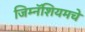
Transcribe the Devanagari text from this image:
जिम्नॅशियमचे